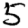
Digit: 5